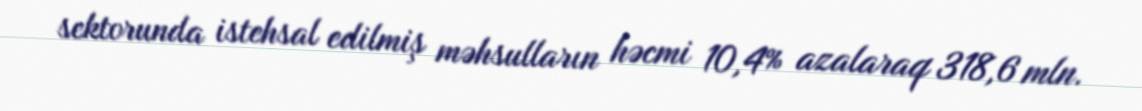
sektorunda istehsal edilmiş məhsulların həcmi 10,4% azalaraq 318,6 mln.